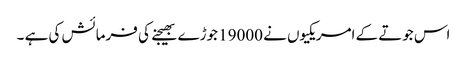
اس جوتے کے امریکیوں نے 19000 جوڑے بھیجنے کی فرمائش کی ہے ۔